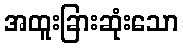
အထူးခြားဆုံးသော